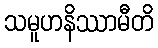
သမူဟနိဿာမီတိ